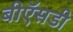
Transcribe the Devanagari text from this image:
बीऍसडी